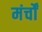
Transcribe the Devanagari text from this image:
मंर्चों